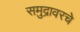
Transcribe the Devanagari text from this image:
समुद्रावरचे